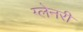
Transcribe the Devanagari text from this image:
ग्‍लेनरी